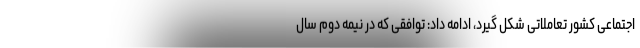
اجتماعی کشور تعاملاتی شکل گیرد، ادامه داد: توافقی که در نیمه دوم سال